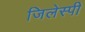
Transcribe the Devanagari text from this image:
जिलेस्पी